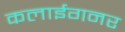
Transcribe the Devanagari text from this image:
कलाईगनर